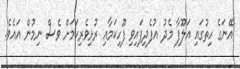
އޭނަގެ ހިތުގައި އަލޫފާ މެދު އުފެދިފައިވި ފޫހިކަމާއި ރުޅިވެރިކަމަށް ވެސް ނިމުން އައެވެ.